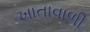
ખાતાવાળી